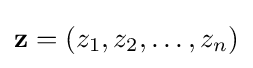
\mathbf {z} =(z_{1},z_{2},\ldots ,z_{n})